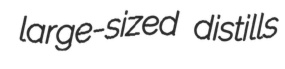
large-sized distills